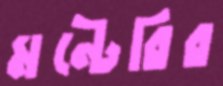
মন্টেরির